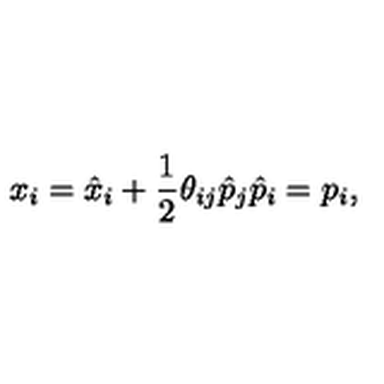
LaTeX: x _ { i } = \hat { x } _ { i } + \frac { 1 } { 2 } \theta _ { i j } \hat { p } _ { j } \hat { p } _ { i } = p _ { i } ,